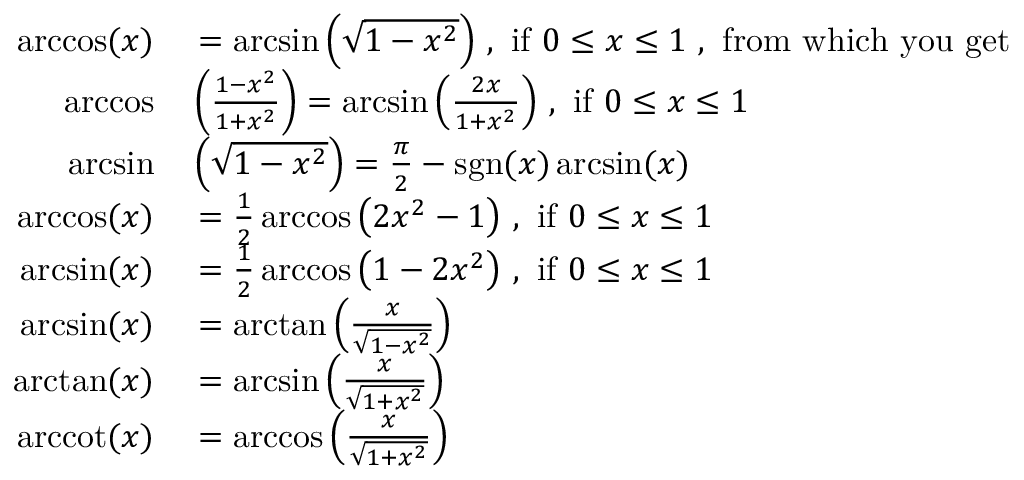
\begin{array} { r l } { \operatorname { a r c c o s } ( x ) } & { { } = \arcsin \left( { \sqrt { 1 - x ^ { 2 } } } \right) \, , { \mathrm { ~ i f ~ } } 0 \leq x \leq 1 { \mathrm { ~ , ~ f r o m ~ w h i c h ~ y o u ~ g e t ~ } } } \\ { \operatorname { a r c c o s } } & { { } \left( { \frac { 1 - x ^ { 2 } } { 1 + x ^ { 2 } } } \right) = \arcsin \left( { \frac { 2 x } { 1 + x ^ { 2 } } } \right) \, , { \mathrm { ~ i f ~ } } 0 \leq x \leq 1 } \\ { \arcsin } & { { } \left( { \sqrt { 1 - x ^ { 2 } } } \right) = { \frac { \pi } { 2 } } - \operatorname { s g n } ( x ) \arcsin ( x ) } \\ { \operatorname { a r c c o s } ( x ) } & { { } = { \frac { 1 } { 2 } } \operatorname { a r c c o s } \left( 2 x ^ { 2 } - 1 \right) \, , { \mathrm { ~ i f ~ } } 0 \leq x \leq 1 } \\ { \arcsin ( x ) } & { { } = { \frac { 1 } { 2 } } \operatorname { a r c c o s } \left( 1 - 2 x ^ { 2 } \right) \, , { \mathrm { ~ i f ~ } } 0 \leq x \leq 1 } \\ { \arcsin ( x ) } & { { } = \arctan \left( { \frac { x } { \sqrt { 1 - x ^ { 2 } } } } \right) } \\ { \arctan ( x ) } & { { } = \arcsin \left( { \frac { x } { \sqrt { 1 + x ^ { 2 } } } } \right) } \\ { \operatorname { a r c c o t } ( x ) } & { { } = \operatorname { a r c c o s } \left( { \frac { x } { \sqrt { 1 + x ^ { 2 } } } } \right) } \end{array}